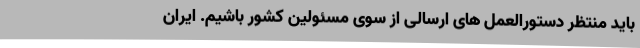
باید منتظر دستورالعمل های ارسالی از سوی مسئولین کشور باشیم. ایران